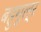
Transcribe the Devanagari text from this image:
बहुमूल्र